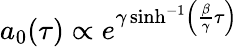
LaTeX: a_{0}(\tau)\propto e^{\gamma\sinh^{-1}\left({\frac{\beta}{\gamma}}\tau\right)}